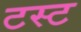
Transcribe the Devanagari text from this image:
टस्ट